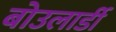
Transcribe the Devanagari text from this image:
बोउलार्डी